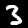
Digit: 3